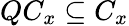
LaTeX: QC_{x}\subseteq C_{x}